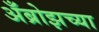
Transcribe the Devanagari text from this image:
अँब्रोझच्या